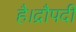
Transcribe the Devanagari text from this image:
है।द्रौपदी